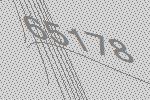
65178